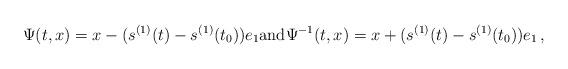
LaTeX: \begin{align*}\Psi(t,x) = x - (s^{(1)}(t)-s^{(1)}(t_0)) e_1\hbox{and} \Psi^{-1}(t,x) = x + (s^{(1)}(t)-s^{(1)}(t_0)) e_1\,,\end{align*}